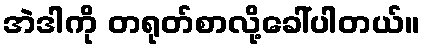
အဲဒါကို တရုတ်စာလို့ခေါ်ပါတယ်။